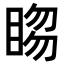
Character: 𥇯